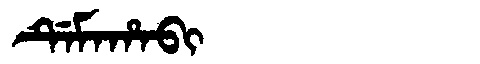
Manchu: ᡩᡝᠮᠠᡥᠠᠪᡳ
Romanization: DEMAHABI